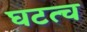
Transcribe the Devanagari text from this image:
घटत्च